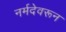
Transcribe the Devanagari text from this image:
नर्मदेवरून